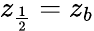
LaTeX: z_{\frac{1}{2}}=z_{b}